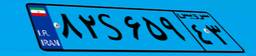
۸۲S۶۵۹۴۳